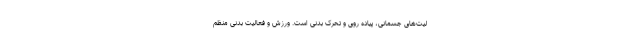
لیت‌های جسمانی، پیاده روی و تحرک بدنی است. ورزش و فعالیت بدنی منظم